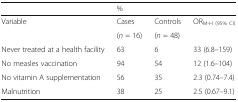
|  | <COLSPAN=3> % |
 | --- | --- | --- | --- |
 | <ROWSPAN=2> Variable | Cases | Controls | ORM-H (95% CI) |
 | (n = 16) | (n = 48) |  |
 | Never treated at a health facility | 63 | 6 | 33 (6.8–159) |
 | No measles vaccination | 94 | 54 | 12 (1.6–104) |
 | No vitamin A supplementation | 56 | 35 | 2.3 (0.74–7.4) |
 | Malnutrition | 38 | 25 | 2.5 (0.67–9.1) |